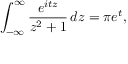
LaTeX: \int _ { - \infty } ^ { \infty } { \frac { e ^ { i t z } } { z ^ { 2 } + 1 } } \, d z = \pi e ^ { t } ,